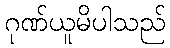
ဂုဏ်ယူမိပါသည်